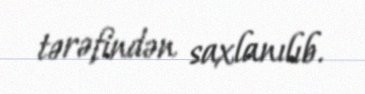
tərəfindən saxlanılıb.